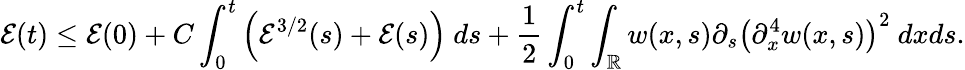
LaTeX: \mathcal{E}(t)\leq\mathcal{E}(0)+C\int_{0}^{t}\left(\mathcal{E}^{3/2}(s)+\mathcal{E}(s)\right)\ ds+\frac{1}{2}\int_{0}^{t}\int_{\mathbb R}w(x,s)\partial_{s}\left(\partial_{x}^{4}w(x,s)\right)^{2}\ dxds.